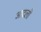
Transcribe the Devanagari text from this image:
आदली